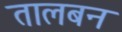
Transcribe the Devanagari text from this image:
तालबन